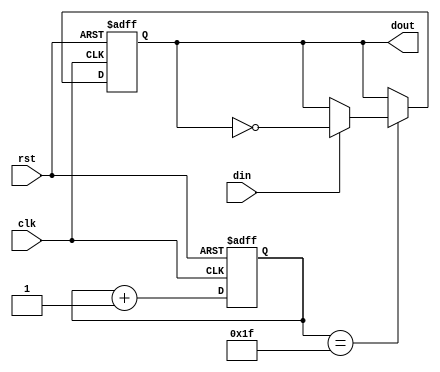
//Code.v
module Code (
	rst,clk,din,
	dout);
	
	input    rst;              //
	input		clk;   				//fs=32 MHz
	input	   din;              //1 MHz
	output   dout; 				//1 MHz


   reg data;
	reg [4:0] count;
	always @(posedge clk or posedge rst)
		if (rst)
			begin
				data <= 1'b0;
				count <= 5'd0;
			end
		else
			begin
				count <= count + 5'd1;
				if (count==5'd31)
					if (din)
						data <= ~data;
			end
			
	assign dout = data;
		
endmodule